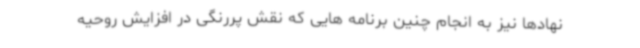
نهادها نیز به انجام چنین برنامه هایی که نقش پررنگی در افزایش روحیه